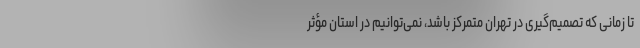
تا زمانی که تصمیم‌گیری در تهران متمرکز باشد، نمی‌توانیم در استان مؤثر